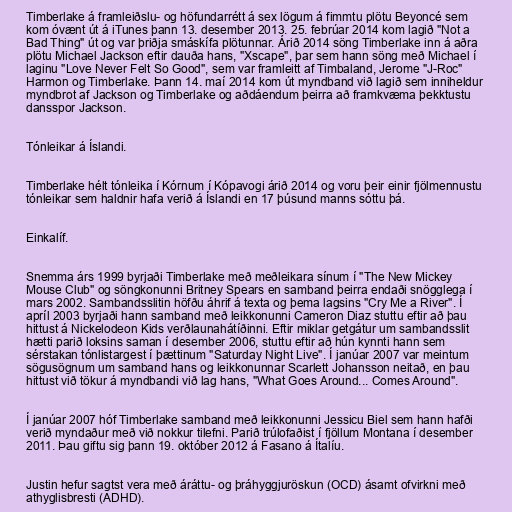
Timberlake á framleiðslu- og höfundarrétt á sex lögum á fimmtu plötu Beyoncé sem
kom óvænt út á iTunes þann 13. desember 2013. 25. febrúar 2014 kom lagið "Not a
Bad Thing" út og var þriðja smáskífa plötunnar. Árið 2014 söng Timberlake inn á aðra
plötu Michael Jackson eftir dauða hans, "Xscape", þar sem hann söng með Michael í
laginu "Love Never Felt So Good", sem var framleitt af Timbaland, Jerome "J-Roc"
Harmon og Timberlake. Þann 14. maí 2014 kom út myndband við lagið sem inniheldur
myndbrot af Jackson og Timberlake og aðdáendum þeirra að framkvæma þekktustu
dansspor Jackson.

Tónleikar á Íslandi.

Timberlake hélt tónleika í Kórnum í Kópavogi árið 2014 og voru þeir einir fjölmennustu
tónleikar sem haldnir hafa verið á Íslandi en 17 þúsund manns sóttu þá.

Einkalíf.

Snemma árs 1999 byrjaði Timberlake með meðleikara sínum í "The New Mickey
Mouse Club" og söngkonunni Britney Spears en samband þeirra endaði snögglega í
mars 2002. Sambandsslitin höfðu áhrif á texta og þema lagsins "Cry Me a River". Í
apríl 2003 byrjaði hann samband með leikkonunni Cameron Diaz stuttu eftir að þau
hittust á Nickelodeon Kids verðlaunahátíðinni. Eftir miklar getgátur um sambandsslit
hætti parið loksins saman í desember 2006, stuttu eftir að hún kynnti hann sem
sérstakan tónlistargest í þættinum "Saturday Night Live". Í janúar 2007 var meintum
sögusögnum um samband hans og leikkonunnar Scarlett Johansson neitað, en þau
hittust við tökur á myndbandi við lag hans, "What Goes Around... Comes Around".

Í janúar 2007 hóf Timberlake samband með leikkonunni Jessicu Biel sem hann hafði
verið myndaður með við nokkur tilefni. Parið trúlofaðist í fjöllum Montana í desember
2011. Þau giftu sig þann 19. október 2012 á Fasano á Ítalíu.

Justin hefur sagtst vera með áráttu- og þráhyggjuröskun (OCD) ásamt ofvirkni með
athyglisbresti (ADHD).